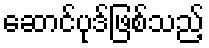
ဆောင်ပုဒ်ဖြစ်သည့်